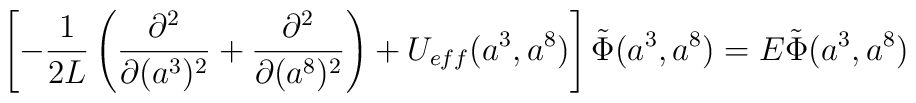
\left[- \frac{1}{2L} \left( \frac{\partial^{2}}{\partial (a^{3})^{2}} + \frac{\partial^{2}}{\partial (a^{8})^{2}}  \right) + U_{eff}(a^{3}, a^{8})\right] \tilde{\Phi}(a^{3}, a^{8})= E \tilde{\Phi}(a^{3}, a^{8})